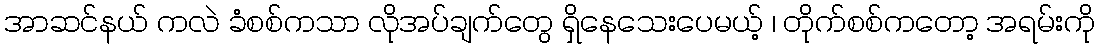
အာဆင်နယ် ကလဲ ခံစစ်ကသာ လိုအပ်ချက်တွေ ရှိနေသေးပေမယ့် ၊ တိုက်စစ်ကတော့ အရမ်းကို